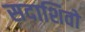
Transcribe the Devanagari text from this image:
सदाशिवो